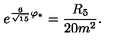
e ^ { { \frac { 6 } { \sqrt { 1 5 } } } \varphi _ { * } } = { \frac { R _ { 5 } } { 2 0 m ^ { 2 } } } .